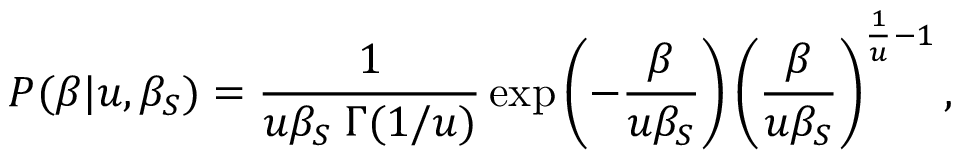
P ( \beta | u , \beta _ { S } ) = \frac { 1 } { u \beta _ { S } \; \Gamma ( 1 / u ) } \exp \left( - \frac { \beta } { u \beta _ { S } } \right) \left( \frac { \beta } { u \beta _ { S } } \right) ^ { \frac { 1 } { u } - 1 } ,